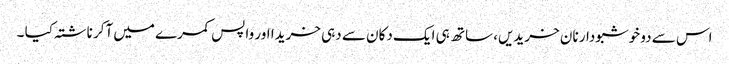
اس سے دو خوشبودار نان خریدیں، ساتھ ہی ایک دکان سے دہی خریدا اور واپس کمرے میں آکر ناشتہ کیا ۔